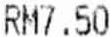
RM7.50